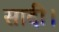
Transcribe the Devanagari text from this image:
सादी।